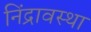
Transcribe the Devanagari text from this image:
निंद्रावस्था